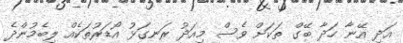
އަދި އޭނާ ހަދާ ބޭގް ތަކަށް ވެސް މިއަދު ރަނގަޅު އޯޑަރުތަކެއް ލިބެމުންދެ